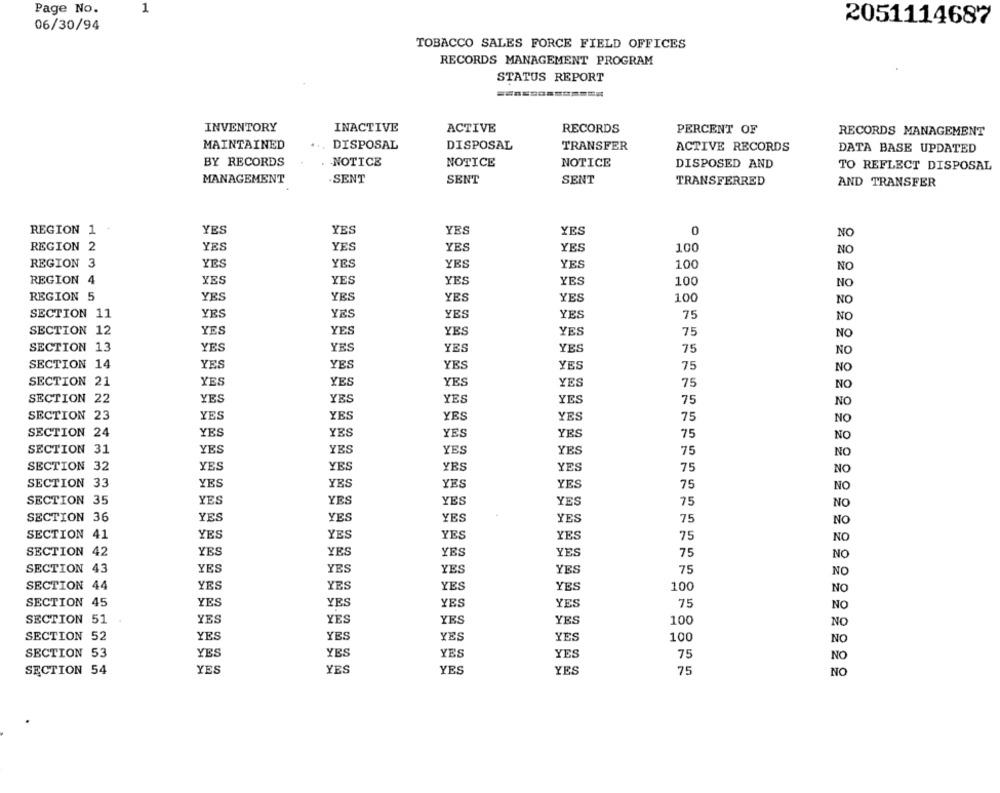
Page No.
1
2051114687
06/30/94
TOBACCO SALES FORCE FIELD OFFICES
RECORDS MANAGEMENT PROGRAM
STATUS REPORT
============
INVENTORY
ACTIVE
INACTIVE
RECORDS
PERCENT OF
RECORDS MANAGEMENT
MAINTAINED
DISPOSAL
DISPOSAL
TRANSFER
ACTIVE RECORDS
DATA BASE UPDATED
BY RECORDS
NOTICE
NOTICE
NOTICE
DISPOSED AND
TO REFLECT DISPOSAL
MANAGEMENT
.SENT
SENT
SENT
TRANSFERRED
AND TRANSFER
REGION 1
YES
YES
YES
YES
0
NO
REGION 2
YES
YES
YES
YES
100
NO
REGION 3
YES
YES
YES
YES
100
NO
REGION
4
YES
YES
YES
YES
100
NO
REGION 5
YES
YES
YES
YES
100
NO
SECTION 11
YES
YES
YES
YES
75
NO
SECTION 12
YES
YES
YES
YES
75
NO
SECTION 13
YES
YES
YES
YES
75
NO
SECTION 14
YES
YES
YES
YES
75
NO
SECTION 21
YES
YES
YES
YES
75
NO
SECTION 22
YES
YES
YES
YES
75
NO
SECTION 23
YES
YES
YES
YES
75
NO
SECTION 24
YES
YES
YES
YES
75
NO
SECTION 31
YES
YES
YES
YES
75
NO
SECTION 32
YES
YES
YES
YES
75
NO
SECTION 33
YES
YES
YES
YES
75
NO
SECTION 35
YES
YES
YES
YES
75
NO
SECTION 36
YES
YES
YES
YES
75
NO
SECTION 41
YES
YES
YES
YES
75
SECTION 42
YES
YES
YES
YES
75
SECTION 43
YES
YES
YES
YES
75
SECTION 44
YES
YES
YES
YES
100
SECTION 45
YES
YES
YES
YES
75
SECTION 51
YES
YES
100
YES
YES
SECTION 52
YES
YES
YES
YES
100
SECTION 53
YES
YES
YES
YES
75
SECTION 54
YES
YES
YES
YES
75